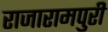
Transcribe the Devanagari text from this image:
राजारामपुरी